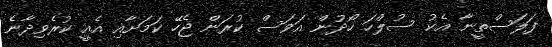
ފަލަސްތީނާ އެކު ސުލްހަ ހޯދުން އަވަސް ކުރަން ޖެހޭ ކަމަށާއި އެއީ ކުރެވިދާނެ